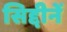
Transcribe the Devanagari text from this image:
सिद्दीनें